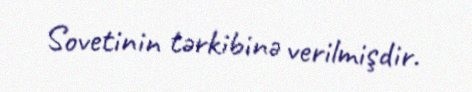
Sovetinin tərkibinə verilmişdir.